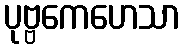
ပုဗ္ဗကေဟေသာ